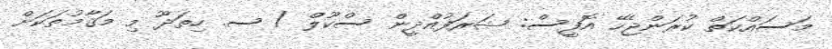
މަސައްކަތް ކުރަންޖެހޭ އޮފީސް: ޝަރަފުއްދީން ސްކޫލް / ސ. ހިތަދޫ މި މަޤާމުތަކަށް